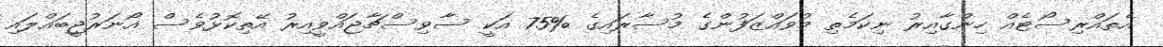
އެތައްރިސޯޓެއް ހިންގާއިރު ނިކަމެތި މުވައްޒަފުންގެ މުސާރައިގެ %75 އަކީ ސާވިސްޗާޖައްވީއިރު އޭތިކޮޅުވެސް އޯނަރުޖީބައްލައި